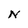
Character: N